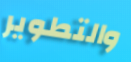
والتطوير